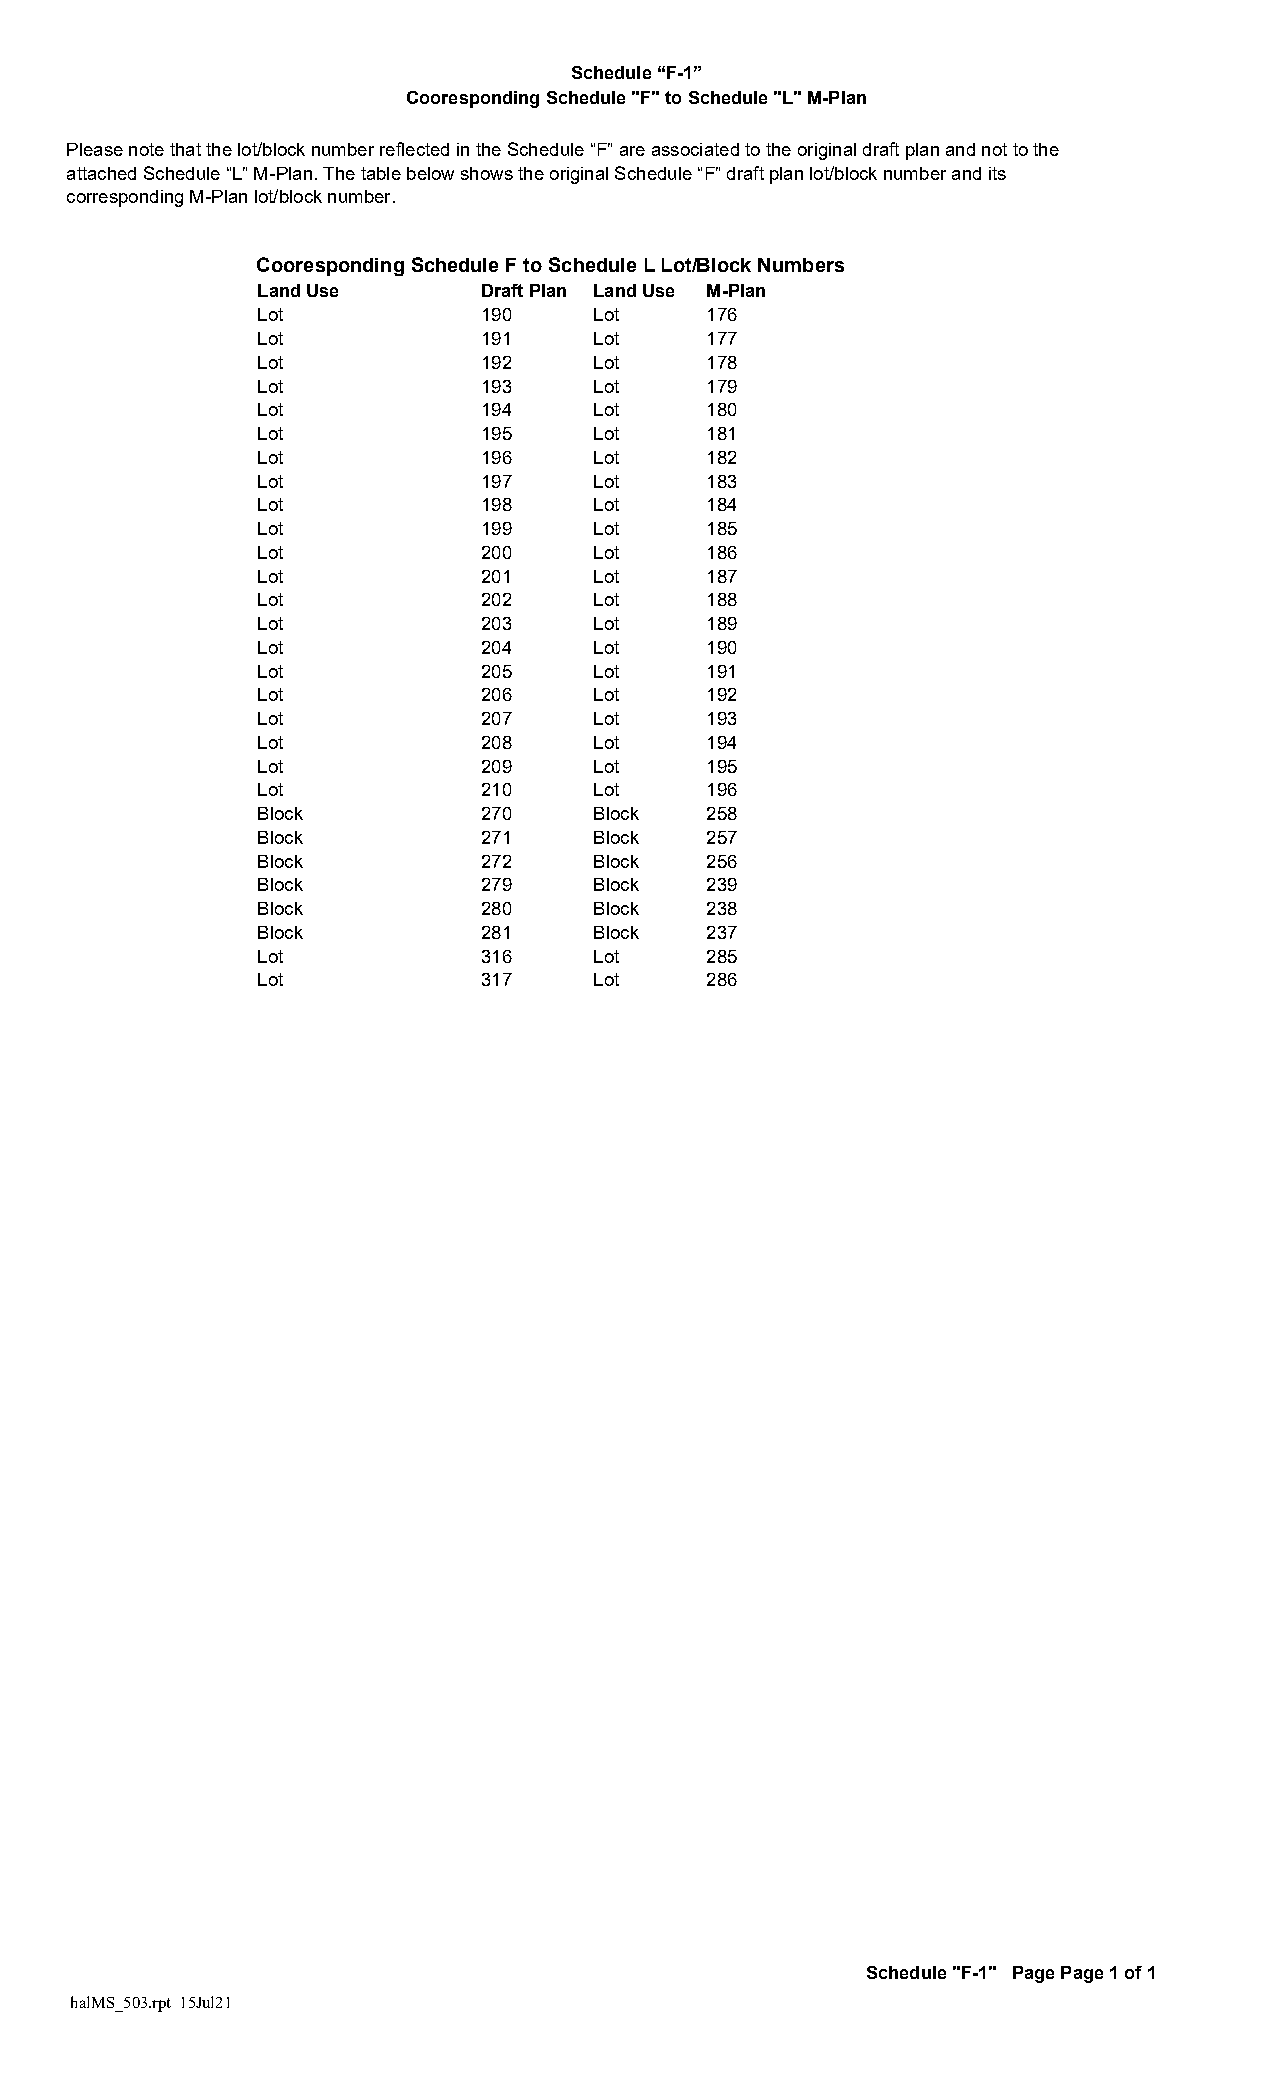
Schedule “F-1”
 Cooresponding Schedule "F" to Schedule "L" M-Plan
 Please note that the lot/block number reflected in the Schedule “F” are associated to the original draft plan and not to the
 attached Schedule “L” M-Plan. The table below shows the original Schedule “F” draft plan lot/block number and its
 corresponding M-Plan lot/block number.
 Cooresponding Schedule F to Schedule L Lot/Block Numbers
 Land Use       Draft Plan Land Use M-Plan
 Lot            190    Lot     176
 Lot            191    Lot     177
 Lot            192    Lot     178
 Lot            193    Lot     179
 Lot            194    Lot     180
 Lot            195    Lot     181
 Lot            196    Lot     182
 Lot            197    Lot     183
 Lot            198    Lot     184
 Lot            199    Lot     185
 Lot            200    Lot     186
 Lot            201    Lot     187
 Lot            202    Lot     188
 Lot            203    Lot     189
 Lot            204    Lot     190
 Lot            205    Lot     191
 Lot            206    Lot     192
 Lot            207    Lot     193
 Lot            208    Lot     194
 Lot            209    Lot     195
 Lot            210    Lot     196
 Block          270    Block   258
 Block          271    Block   257
 Block          272    Block   256
 Block          279    Block   239
 Block          280    Block   238
 Block          281    Block   237
 Lot            316    Lot     285
 Lot            317    Lot     286
 Schedule "F-1" Page Page 1 of 1
 halMS_503.rpt 15Jul21        BSTPurchaserInit4 BSTPurchaserInit3 BSTPurchaserInit2 BSTPurchaserInit1